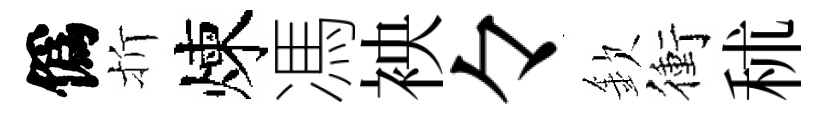
僞折煉馮䘧々欽衝秫